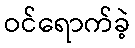
ဝင်ရောက်ခဲ့